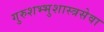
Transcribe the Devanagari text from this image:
गुरुशभ्भुशास्त्रसेवा